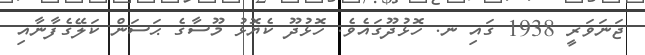
ޖަނަވަރީ 1938 ގައި ނ. ހޮޅުދޫގައެވެ. ހޮޅުދޫ ކެޔޮޅު މޫސާގެ ޙަސަން ކަލޭގެފާނާއި